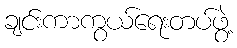
ချင်းကာကွယ်ရေးတပ်ဖွဲ့